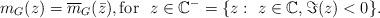
LaTeX: \begin{align*} m_G(z)=\overline{m}_G (\bar z), \mathrm{for~~} z\in\mathbb{C}^{-}=\{z:~z\in\mathbb{C}, \Im(z)<0\}.\end{align*}